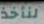
لنأخذ